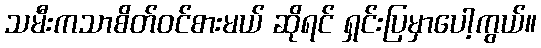
သမီးကသာစိတ်ဝင်စားမယ် ဆိုရင် ရှင်းပြမှာပေါ့ကွယ်။